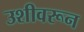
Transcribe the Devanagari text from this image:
उशीवरून